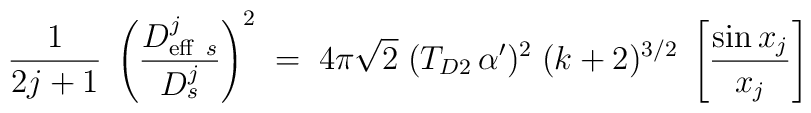
{1\over 2j+1}\; \left( {D^j_{{\rm eff}\ s}\over D^j_s}\right)^2 \;  = \; 4\pi \sqrt{2}\; (T_{D2}\,\alpha^\prime)^2 \;(k+2)^{3/2} \;  \left[ {\sin x_j  \over x_j }\right]